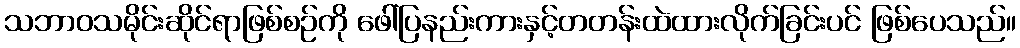
သဘာဝသမိုင်းဆိုင်ရာဖြစ်စဉ်ကို ဖေါ်ပြနည်းကားနှင့်တတန်းထဲထားလိုက်ခြင်းပင် ဖြစ်ပေသည်။